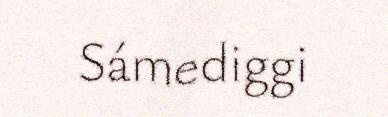
Sámediggi